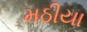
મઠીયા